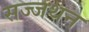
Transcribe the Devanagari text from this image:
सज्जथन